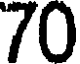
70